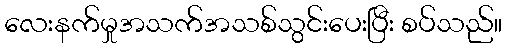
လေးနက်မှုအသက်အသစ်သွင်းပေးပြီး စပ်သည်။